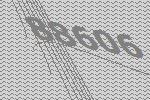
88606